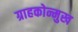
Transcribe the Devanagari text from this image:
ग्राहकोन्मुख